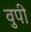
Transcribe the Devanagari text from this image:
वुपी